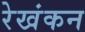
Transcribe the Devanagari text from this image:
रेखंकन